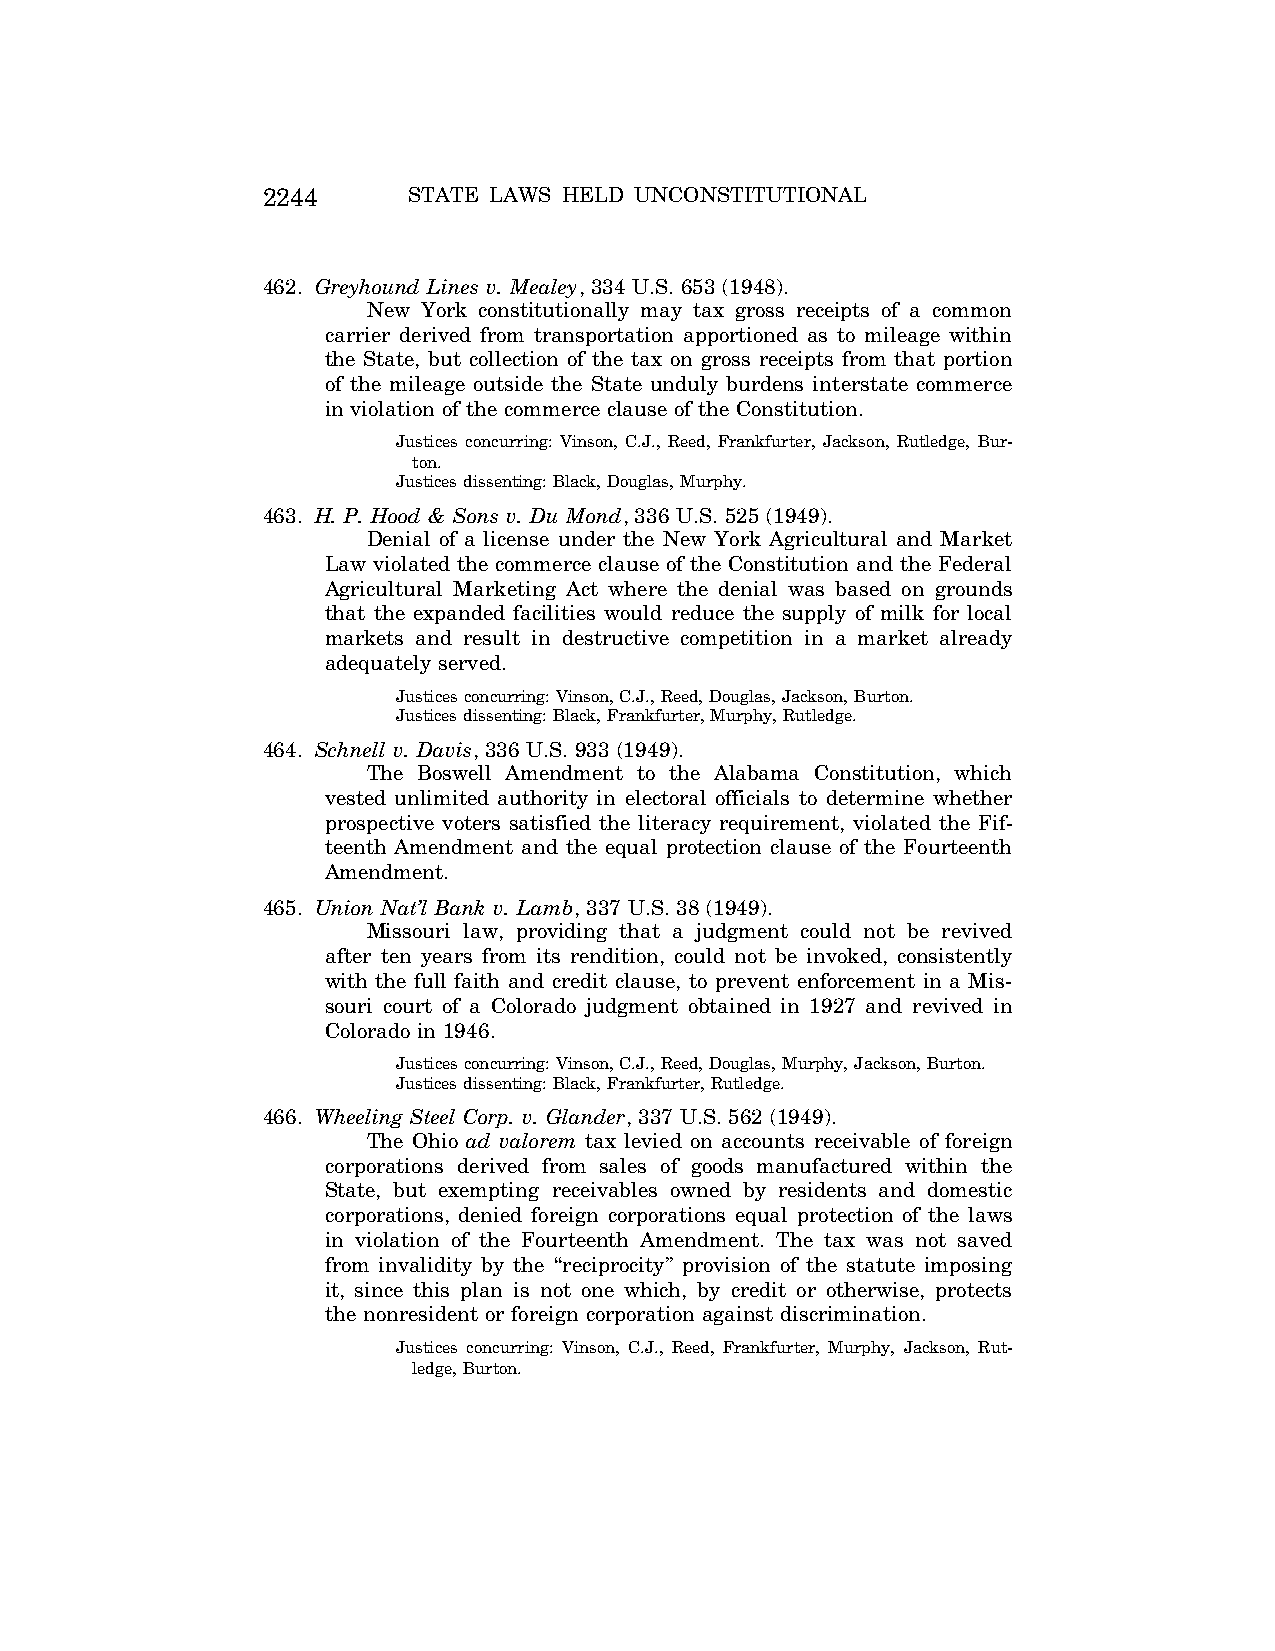
2244      STATE LAWS HELD UNCONSTITUTIONAL
 462. Greyhound Lines v. Mealey, 334 U.S. 653 (1948).
 New York constitutionally may tax gross receipts of a common
 carrier derived from transportation apportioned as to mileage within
 the State, but collection of the tax on gross receipts from that portion
 of the mileage outside the State unduly burdens interstate commerce
 in violation of the commerce clause of the Constitution.
 Justices concurring: Vinson, C.J., Reed, Frankfurter, Jackson, Rutledge, Bur-
 ton.
 Justices dissenting: Black, Douglas, Murphy.
 463. H. P. Hood & Sons v. Du Mond, 336 U.S. 525 (1949).
 Denial of a license under the New York Agricultural and Market
 Law violated the commerce clause of the Constitution and the Federal
 Agricultural Marketing Act where the denial was based on grounds
 that the expanded facilities would reduce the supply of milk for local
 markets and result in destructive competition in a market already
 adequately served.
 Justices concurring: Vinson, C.J., Reed, Douglas, Jackson, Burton.
 Justices dissenting: Black, Frankfurter, Murphy, Rutledge.
 464. Schnell v. Davis, 336 U.S. 933 (1949).
 The Boswell Amendment to the Alabama Constitution, which
 vested unlimited authority in electoral officials to determine whether
 prospective voters satisfied the literacy requirement, violated the Fif-
 teenth Amendment and the equal protection clause of the Fourteenth
 Amendment.
 465. Union Nat’l Bank v. Lamb, 337 U.S. 38 (1949).
 Missouri law, providing that a judgment could not be revived
 after ten years from its rendition, could not be invoked, consistently
 with the full faith and credit clause, to prevent enforcement in a Mis-
 souri court of a Colorado judgment obtained in 1927 and revived in
 Colorado in 1946.
 Justices concurring: Vinson, C.J., Reed, Douglas, Murphy, Jackson, Burton.
 Justices dissenting: Black, Frankfurter, Rutledge.
 466. Wheeling Steel Corp. v. Glander, 337 U.S. 562 (1949).
 The Ohio ad valorem tax levied on accounts receivable of foreign
 corporations derived from sales of goods manufactured within the
 State, but exempting receivables owned by residents and domestic
 corporations, denied foreign corporations equal protection of the laws
 in violation of the Fourteenth Amendment. The tax was not saved
 from invalidity by the ‘‘reciprocity’’ provision of the statute imposing
 it, since this plan is not one which, by credit or otherwise, protects
 the nonresident or foreign corporation against discrimination.
 Justices concurring: Vinson, C.J., Reed, Frankfurter, Murphy, Jackson, Rut-
 ledge, Burton.
 VerDate Aug<04>2004 12:57 Aug 23, 2004 Jkt 077500 PO 00000 Frm 00084 Fmt 8222 Sfmt 8222 C:\CONAN\CON064.SGM PRFM99 PsN: CON064